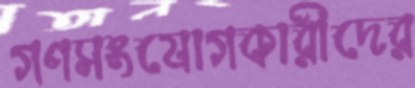
গণসংযোগকারীদের